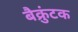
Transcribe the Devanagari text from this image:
बैक्रुंटक